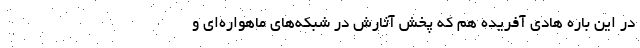
در این باره هادی آفریده هم که پخش آثارش در شبکه‌های ماهواره‌ای و